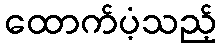
ထောက်ပံ့သည့်